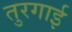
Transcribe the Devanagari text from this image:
तुरगाई